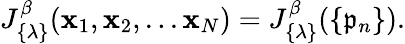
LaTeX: J_{\{ \lambda\} }^{\beta}(\mathbf{x}_{1},\mathbf{x}_{2},...\mathbf{x}_{N})=J_{\{ \lambda\} }^{\beta}(\{ \mathfrak{p}_{n}\} ).